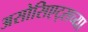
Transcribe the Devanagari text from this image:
असोसिएट्सच्या